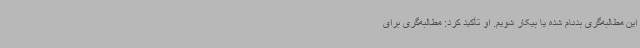
این مطالبه‌گری بدنام شده یا بیکار شویم. او تأکید کرد: مطالبه‌گری برای